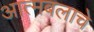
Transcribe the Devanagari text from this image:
आत्मबलाचे